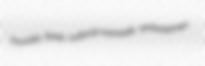
Thorsby fares cultural-nomadic embossmen